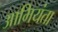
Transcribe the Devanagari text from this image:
आभियंता